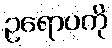
ဥရောပကို